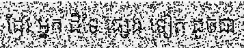
ដែរ អ្នក ដ៏ទៃ ផ្សេង ទៀត ដូចជា